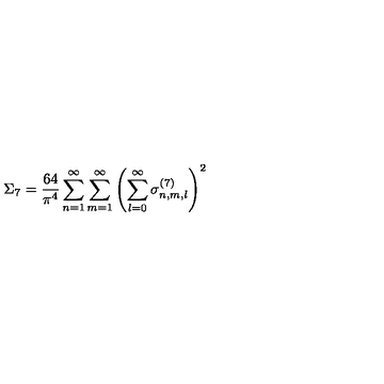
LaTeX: \Sigma _ { 7 } = \frac { 6 4 } { \pi ^ { 4 } } \sum _ { n = 1 } ^ { \infty } \sum _ { m = 1 } ^ { \infty } \left( \sum _ { l = 0 } ^ { \infty } \sigma _ { n , m , l } ^ { ( 7 ) } \right) ^ { 2 }